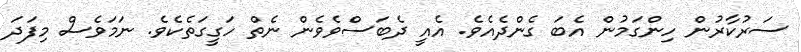
ސަރުކާރުން ހިންގަމުން އެބަ ގެންދެއެވެ. އެއީ ދެބަސްވެވެން ނެތް ހަގީގަތެކެވެ. ނަމަވެސް މިފަދަ